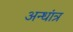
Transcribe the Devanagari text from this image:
अन्धांत्र